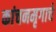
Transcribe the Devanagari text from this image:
कांचनमृगाचे